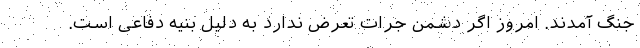
جنگ آمدند. امروز اگر دشمن جرات تعرض ندارد به دلیل بنیه دفاعی است.